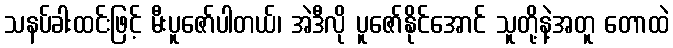
သနပ်ခါးထင်းဖြင့် မီးပူဇော်ပါတယ်၊ အဲဒီလို ပူဇော်နိုင်အောင် သူတို့နဲ့အတူ တောထဲ